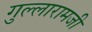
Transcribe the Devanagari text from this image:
गुल्लारामजी